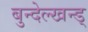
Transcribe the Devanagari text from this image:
बुन्देल्खन्ड्